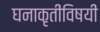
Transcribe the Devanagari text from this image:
घनाकृतींविषयीं